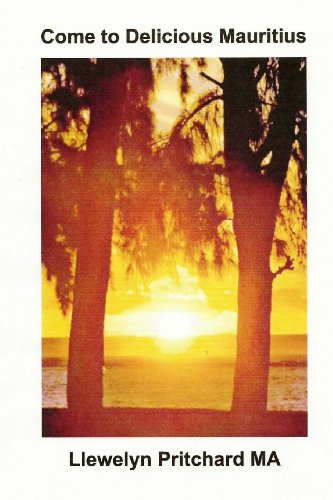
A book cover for Come to Delicious Mauritius: Relax and unwind (Photo Albums) (German Edition); Llewelyn Pritchard MA; Travel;